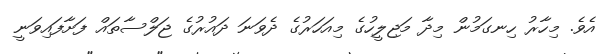
އެވެ. މިހާރު ހިނގަމުން މިދާ މަޖިލީހުގެ މިއަހަރުގެ ދެވަނަ ދައުރުގެ ޖަލްސާތައް ފަށާފައިވަނީ